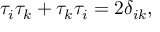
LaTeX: \tau _ { i } \tau _ { k } + \tau _ { k } \tau _ { i } = 2 \delta _ { i k } ,